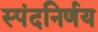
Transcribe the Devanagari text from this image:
स्पंदनिर्णय